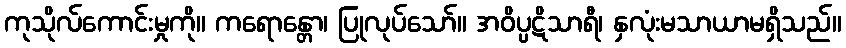
ကုသိုလ်ကောင်းမှုကို။ ကရောန္တော၊ ပြုလုပ်သော်။ အဝိပ္ပဋိသာရီ၊ နှလုံးမသာယာမရှိသည်။